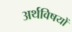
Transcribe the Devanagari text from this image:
अर्थविषयों